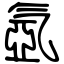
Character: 氬